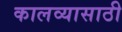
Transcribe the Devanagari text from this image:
कालव्यासाठी